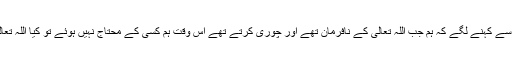
جب دونوں لشکر آمنے سامنے صف آراء ہوگئے تو یہ ساتوں ایک دوسرے سے کہنے لگے کہ ہم جب اللہ تعالٰی کے نافرمان تھے اور چوری کرتے تھے اس وقت ہم کسی کے محتاج نہیں ہوئے تو کیا اللہ تعالٰی کی فرماں برداری والے عمل جہاد میں ہم لوگوں کے سہارے لڑیں گے ؟